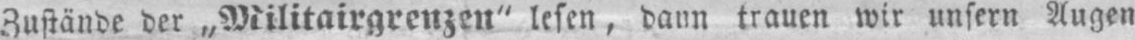
Zustände der „Militairgrenzen“ lesen, dann trauen wir unsern Augen